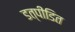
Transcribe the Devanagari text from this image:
डत्पीडित